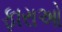
ફારાઓ